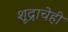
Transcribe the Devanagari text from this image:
शूद्राचेही